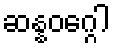
ဆန္နဝဂ္ဂေါ